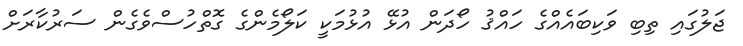
ޖަލުގައި ތިބި ވަކިބައެއްގެ ހައްޤު ހޯދަން އުޅޭ އުޅުމަކީ ކަލޯމެންގެ ގޮތްހުސްވެގެން ސަރުކާރަށް